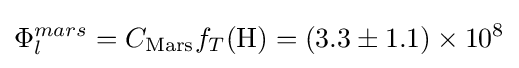
\Phi _{l}^{mars}=C_{\text{Mars}}f_{T}(\mathrm {H} )=(3.3\pm 1.1)\times 10^{8}